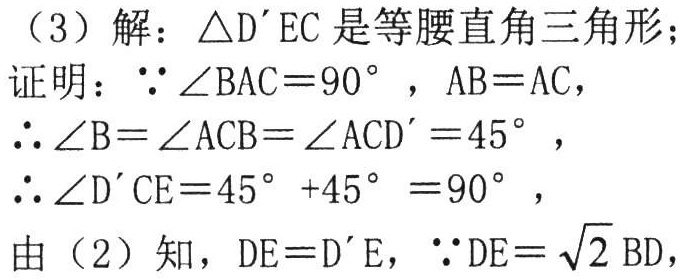
（3）解：$\triangle D^{\prime}EC$是等腰直角三角形；

证明：$\because \angle BAC = 90^{\circ}$，$AB = AC$，

$\therefore \angle B=\angle ACB=\angle ACD^{\prime}=45^{\circ}$，

$\therefore \angle D^{\prime}CE = 45^{\circ}+45^{\circ}=90^{\circ}$，

由（2）知，$DE = D^{\prime}E$，$\because DE=\sqrt{2}BD$，